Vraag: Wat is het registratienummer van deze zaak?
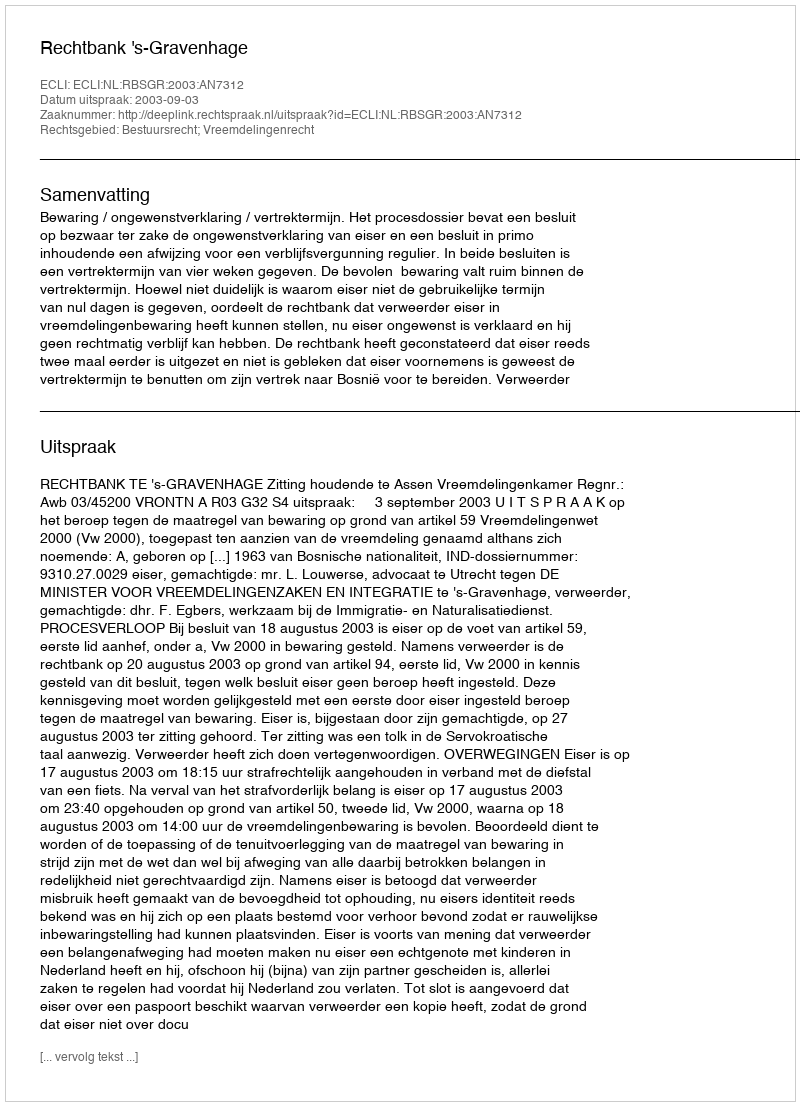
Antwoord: http://deeplink.rechtspraak.nl/uitspraak?id=ECLI:NL:RBSGR:2003:AN7312